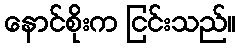
နောင်စိုးက ငြင်းသည်။